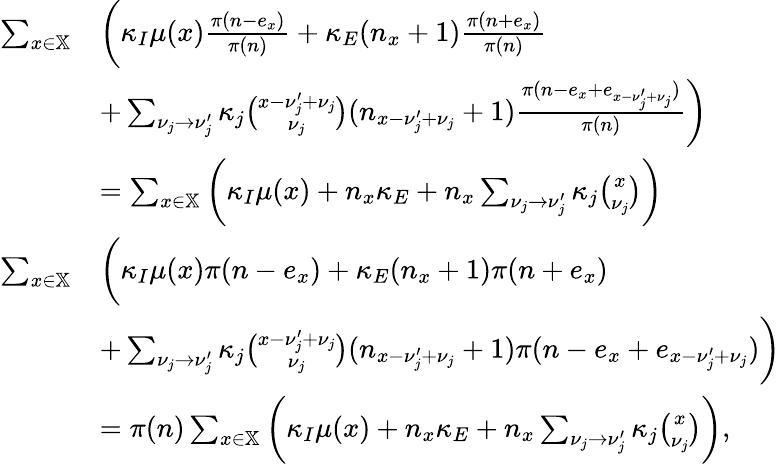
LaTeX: \begin{array}{rl}{\sum_{x\in\mathbb X}}&{\bigg(\kappa_{I}\mu(x)\frac{\pi(n-e_{x})}{\pi(n)}+\kappa_{E}(n_{x}+1)\frac{\pi(n+e_{x})}{\pi(n)}}\\ &{+\sum_{\nu_{j}\to\nu_{j}^{\prime}}\kappa_{j}\binom{x-\nu_{j}^{\prime}+\nu_{j}}{\nu_{j}}(n_{x-\nu_{j}^{\prime}+\nu_{j}}+1)\frac{\pi(n-e_{x}+e_{x-\nu_{j}^{\prime}+\nu_{j}})}{\pi(n)}\bigg)}\\ &{=\sum_{x\in\mathbb X}\bigg(\kappa_{I}\mu(x)+n_{x}\kappa_{E}+n_{x}\sum_{\nu_{j}\to\nu_{j}^{\prime}}\kappa_{j}\binom{x}{\nu_{j}}\bigg)}\\ {\sum_{x\in\mathbb X}}&{\bigg(\kappa_{I}\mu(x)\pi(n-e_{x})+\kappa_{E}(n_{x}+1)\pi(n+e_{x})}\\ &{+\sum_{\nu_{j}\to\nu_{j}^{\prime}}\kappa_{j}\binom{x-\nu_{j}^{\prime}+\nu_{j}}{\nu_{j}}(n_{x-\nu_{j}^{\prime}+\nu_{j}}+1)\pi(n-e_{x}+e_{x-\nu_{j}^{\prime}+\nu_{j}})\bigg)}\\ &{=\pi(n)\sum_{x\in\mathbb X}\bigg(\kappa_{I}\mu(x)+n_{x}\kappa_{E}+n_{x}\sum_{\nu_{j}\to\nu_{j}^{\prime}}\kappa_{j}\binom{x}{\nu_{j}}\bigg),}\end{array}